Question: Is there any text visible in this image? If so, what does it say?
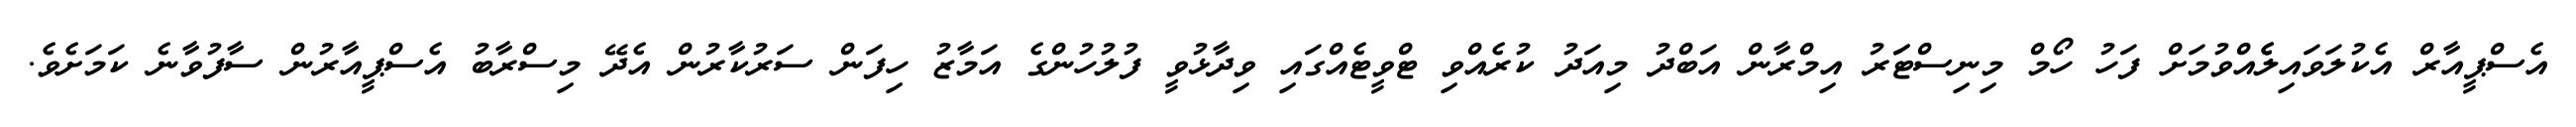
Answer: އެސްޕީއާރް އެކުލަވައިލެެއްވުމަށް ފަހު ހޯމް މިނިސްޓަަރު އިމްރާން އަބްދު މިއަދު ކުރެއްވި ޓްވީޓެއްގައި ވިދާޅުވީ ފުލުހުންގެ އަމާޒު ހިފަން ސަރުކާރުން އެދޭ މިސްރާބު އެސްޕީއާރުން ސާފުވާނެ ކަމަށެވެ.